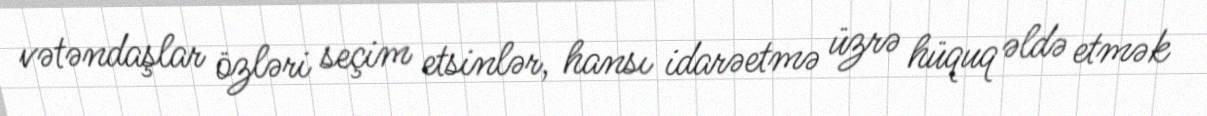
vətəndaşlar özləri seçim etsinlər, hansı idarəetmə üzrə hüquq əldə etmək